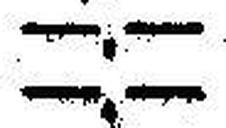
—.—